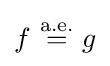
f\ {\stackrel {\text{a.e.}}{=}}\ g